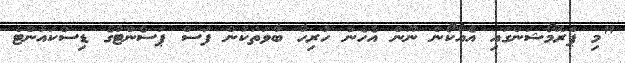
"މި ޕްރޮމޯޝަންގައި އެއާކޯން ނޫން އެހެން ހުރިހާ ބާވަތަކުން ފަސް ޕަސެންޓުގެ ޑިސްކައުންޓް